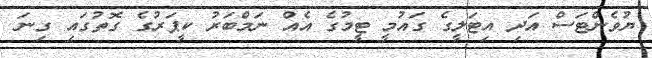
ޔުވެންޓަސް އަދި އިޓަލީގެ ގައުމީ ޓީމުގެ އެއް ނަމްބަރު ކީޕަރުގެ ގޮތުގައި ގިނަ